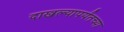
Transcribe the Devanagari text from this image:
दाखल्यापर्यंतच्या